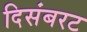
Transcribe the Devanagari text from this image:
दिसंबरट